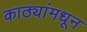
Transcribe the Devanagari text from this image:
काठ्यांमधून